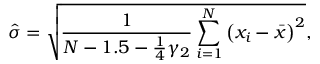
{ \hat { \sigma } } = { \sqrt { { \frac { 1 } { N - 1 . 5 - { \frac { 1 } { 4 } } \gamma _ { 2 } } } \sum _ { i = 1 } ^ { N } \left( x _ { i } - { \bar { x } } \right) ^ { 2 } } } ,